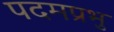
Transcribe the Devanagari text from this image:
पदमप्रभु